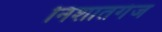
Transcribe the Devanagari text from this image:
निशातगंज